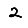
Digit: 2